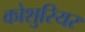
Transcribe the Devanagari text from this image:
कोशुरियर